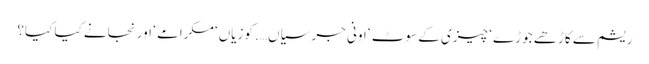
ریشم سے کاڑھے جوڑے ‘ چیزی کے سوٹ ‘ اونی جرسیاں…. کوزیاں‘ مکرامے ‘ اور نجانے کیا کیا؟